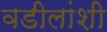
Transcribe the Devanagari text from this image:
वडीलांशी